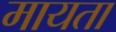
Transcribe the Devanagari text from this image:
मायता